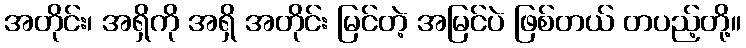
အတိုင်း၊ အရှိကို အရှိ အတိုင်း မြင်တဲ့ အမြင်ပဲ ဖြစ်တယ် တပည့်တို့။